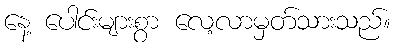
နေ့ ပေါင်းများစွာ လေ့လာမှတ်သားသည်။